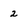
Character: 2